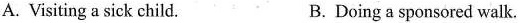
A. Visiting a sick child. B.Doing a sponsored walk.